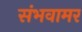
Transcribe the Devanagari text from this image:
संभवामर